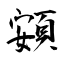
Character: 頞